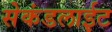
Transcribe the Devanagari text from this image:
सेकंडलाईट